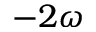
- 2 \omega